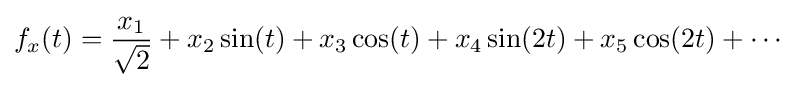
f_{x}(t)={\frac {x_{1}}{\sqrt {2}}}+x_{2}\sin(t)+x_{3}\cos(t)+x_{4}\sin(2t)+x_{5}\cos(2t)+\cdots